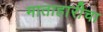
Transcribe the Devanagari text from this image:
माताहारीचा